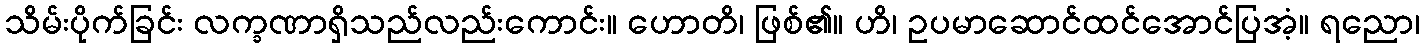
သိမ်းပိုက်ခြင်း လက္ခဏာရှိသည်လည်းကောင်း။ ဟောတိ၊ ဖြစ်၏။ ဟိ၊ ဥပမာဆောင်ထင်အောင်ပြအံ့။ ရညော၊